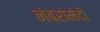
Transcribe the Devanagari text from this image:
नंबरांमंदी